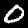
Digit: 0